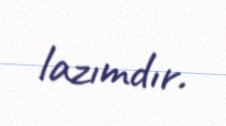
lazımdır.